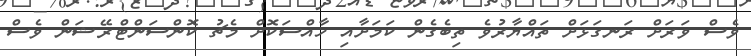
ވެސް ވަރަށް ރަނގަޅަށް ތައްޔާރުވެ ތިބެގެން ކަމަށާއި ހާއްސަކޮށް މެޗު ކޮންސަންޓްރޭޝަން ވެސް